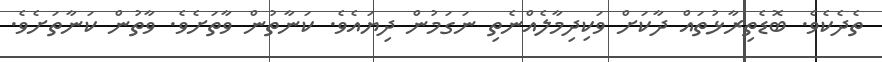
ތެދެކެވެ. ބޮޑެތިރާޅުތައް ދާކަށް ވަކިދިމާލެއްނެތި ނަގަމުން ދިޔައެވެ. ކަނާތުން ވާތަށެވެ. ވާތުން ކަނާތަށެވެ.